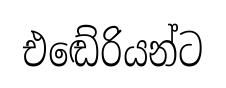
එඬේරියන්ට